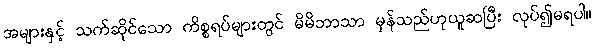
အများနှင့် သက်ဆိုင်သော ကိစ္စရပ်များတွင် မိမိဘာသာ မှန်သည်ဟုယူဆပြီး လုပ်၍မရပါ။